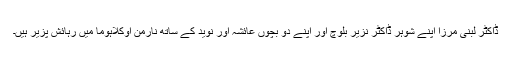
ڈاکٹر لبنیٰ مرزا اپنے شوہر ڈاکٹر نزیر بلوچ اور اپنے دو بچوں‌ عائشہ اور نوید کے ساتھ نارمن اوکلاہوما میں‌ رہائش پزیر ہیں۔